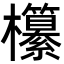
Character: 𣠹